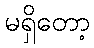
မရှိတော့